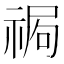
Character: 𥚍